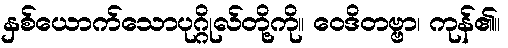
နှစ်ယောက်သောပုဂ္ဂိုလ်တို့ကို။ ဝေဒိတဗ္ဗာ၊ ကုန်၏။